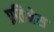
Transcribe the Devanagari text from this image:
प्रतिभेस